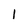
Character: l